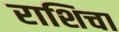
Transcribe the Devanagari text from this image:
राशिचा